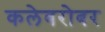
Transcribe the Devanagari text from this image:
कलेबरोबर